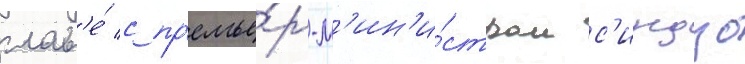
глав'е́ с пр'емье́р-м'ин'и́стром с'индзо